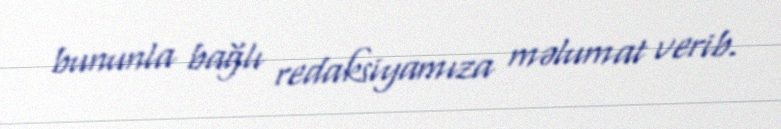
bununla bağlı redaksiyamıza məlumat verib.